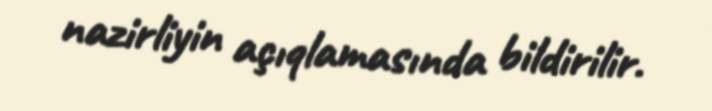
nazirliyin açıqlamasında bildirilir.